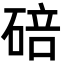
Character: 碚